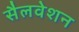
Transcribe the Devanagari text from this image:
सैलवेशन